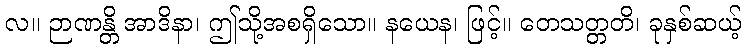
လ။ ဉာဏန္တိ အာဒိနာ၊ ဤသို့အစရှိသော။ နယေန၊ ဖြင့်။ တေသတ္တတိ၊ ခုနှစ်ဆယ့်